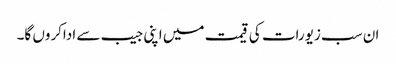
ان سب زیورات کی قیمت میں اپنی جیب سے اداکروں گا۔